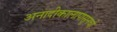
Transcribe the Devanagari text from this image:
अनादीकालापासूनची